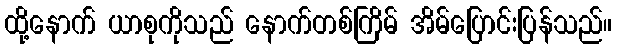
ထို့နောက် ယာစုကိုသည် နောက်တစ်ကြိမ် အိမ်ပြောင်းပြန်သည်။